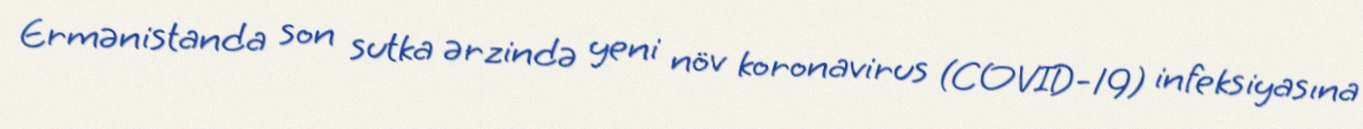
Ermənistanda son sutka ərzində yeni növ koronavirus (COVID-19) infeksiyasına